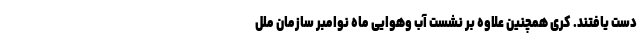
دست یافتند. کری همچنین علاوه بر نشست آب وهوایی ماه نوامبر سازمان ملل